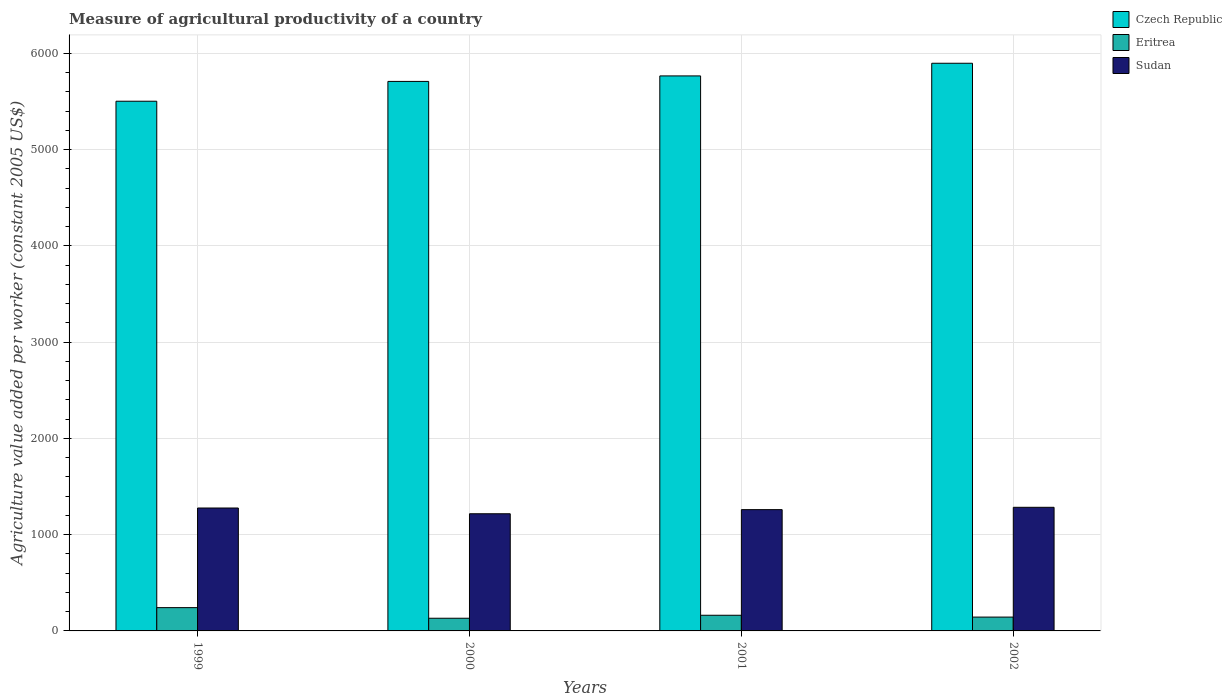
| Years | Czech Republic | Eritrea | Sudan |
 | --- | --- | --- | --- |
 | 1999 | 5.5e+03 | 242 | 1.28e+03 |
 | 2000 | 5.71e+03 | 132 | 1.22e+03 |
 | 2001 | 5.77e+03 | 163 | 1.26e+03 |
 | 2002 | 5.9e+03 | 144 | 1.28e+03 |